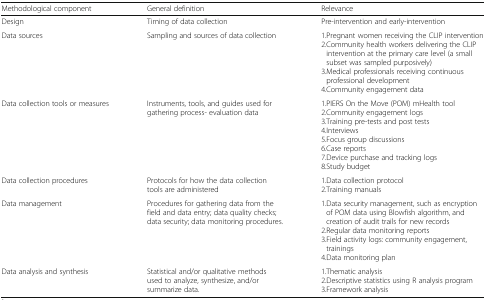
<table><thead><tr><td><b>Methodological component</b></td><td><b>General definition</b></td><td><b>Relevance</b></td></tr></thead><tbody><tr><td>Design</td><td>Timing of data collection</td><td>Pre-intervention and early-intervention</td></tr><tr><td>Data sources</td><td>Sampling and sources of data collection</td><td>1.Pregnant women receiving the CLIP intervention2.Community health workers delivering the CLIP intervention at the primary care level (a small subset was sampled purposively)3.Medical professionals receiving continuous professional development4.Community engagement data</td></tr><tr><td>Data collection tools or measures</td><td>Instruments, tools, and guides used for gathering process- evaluation data</td><td>1.PIERS On the Move (POM) mHealth tool2.Community engagement logs3.Training pre-tests and post tests4.Interviews5.Focus group discussions6.Case reports7.Device purchase and tracking logs8.Study budget</td></tr><tr><td>Data collection procedures</td><td>Protocols for how the data collection tools are administered</td><td>1.Data collection protocol2.Training manuals</td></tr><tr><td>Data management</td><td>Procedures for gathering data from the field and data entry; data quality checks; data security; data monitoring procedures.</td><td>1.Data security management, such as encryption of POM data using Blowfish algorithm, and creation of audit trails for new records2.Regular data monitoring reports3.Field activity logs: community engagement, trainings4.Data monitoring plan</td></tr><tr><td>Data analysis and synthesis</td><td>Statistical and/or qualitative methods used to analyze, synthesize, and/or summarize data.</td><td>1.Thematic analysis2.Descriptive statistics using R analysis program3.Framework analysis</td></tr></tbody></table>